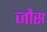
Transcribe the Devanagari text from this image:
जौस